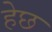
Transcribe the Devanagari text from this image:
हेछ